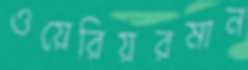
ওয়েরিয়রমান